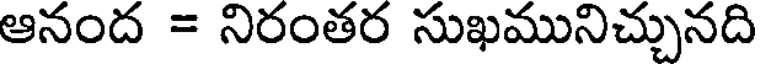
ఆనంద = నిరంతర సుఖమునిచ్చునది